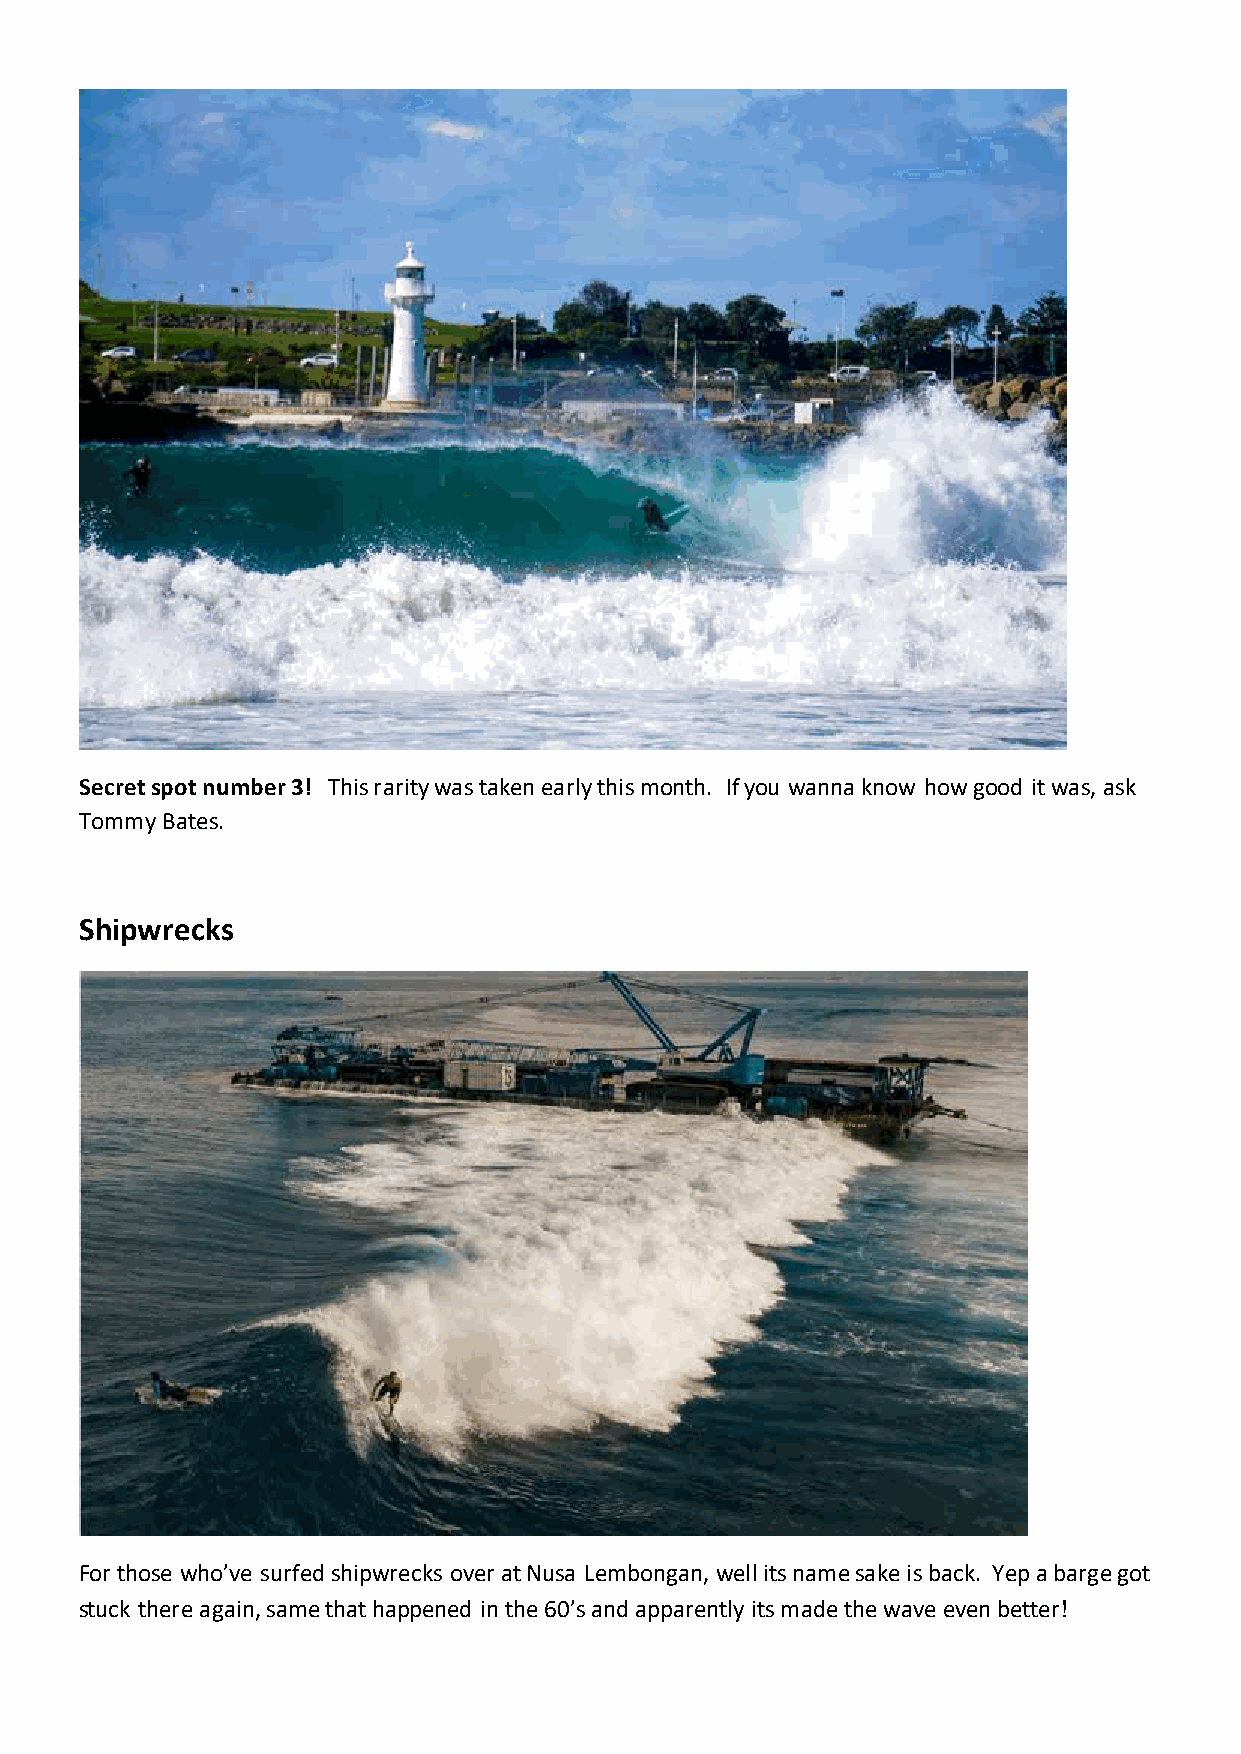
Secret spot number 3! This rarity was taken early this month. If you wanna know how good it was, ask
 Tommy Bates.
 Shipwrecks
 For those who’ve surfed shipwrecks over at Nusa Lembongan, well its name sake is back. Yep a barge got
 stuck there again, same that happened in the 60’s and apparently its made the wave even better!